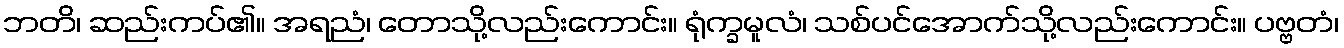
ဘတိ၊ ဆည်းကပ်၏။ အရညံ၊ တောသို့လည်းကောင်း။ ရုံက္ခမူလံ၊ သစ်ပင်အောက်သို့လည်းကောင်း။ ပဗ္ဗတံ၊